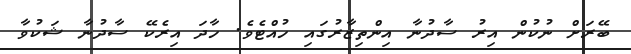
ބޭރަށް ނުކުން އިރު ސާދުނާ އިންތިޒާރުގައި ހުއްޓެވެ. ހާދަ އިރެކޭ ސާދުނާ ޝަކުވާ